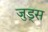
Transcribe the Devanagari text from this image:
जुड्स